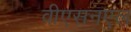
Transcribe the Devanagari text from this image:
वीएसनएल